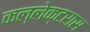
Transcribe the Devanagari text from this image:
कल्लेक्टरास